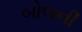
બોલની